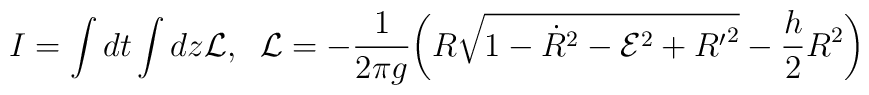
I=\int dt \int dz {\cal L},\;\; {\cal L}= -\frac{1}{2\pi g}\bigg(R\sqrt{1-{\dot R}^2-{\cal E}^2 + {R^{\prime}}^2} -\frac{h}{2}R^2\bigg)